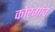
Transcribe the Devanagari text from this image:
कोरगांव